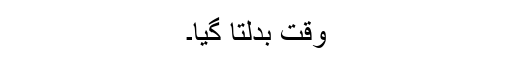
وقت بدلتا گیا۔